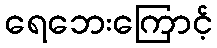
ရေဘေးကြောင့်